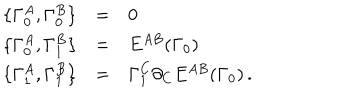
\begin{array} { r c l } { { \{ \Gamma _ { 0 } ^ { A } , \Gamma _ { 0 } ^ { B } \} } } & { { = } } & { { 0 } } \\ { { \{ \Gamma _ { 0 } ^ { A } , \Gamma _ { 1 } ^ { B } \} } } & { { = } } & { { E ^ { A B } ( \Gamma _ { 0 } ) } } \\ { { \{ \Gamma _ { 1 } ^ { A } , \Gamma _ { 1 } ^ { B } \} } } & { { = } } & { { \Gamma _ { 1 } ^ { C } \partial _ { C } E ^ { A B } ( \Gamma _ { 0 } ) \, . } } \\ \end{array}